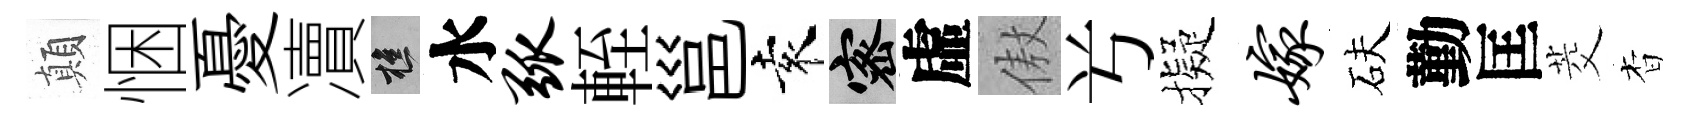
顛悃憂凟樵水弧輊邕袁密虛傲𠔃擬嫁砆勤匡茭杳